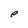
Character: e